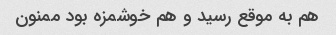
هم به موقع رسید و هم خوشمزه بود ممنون